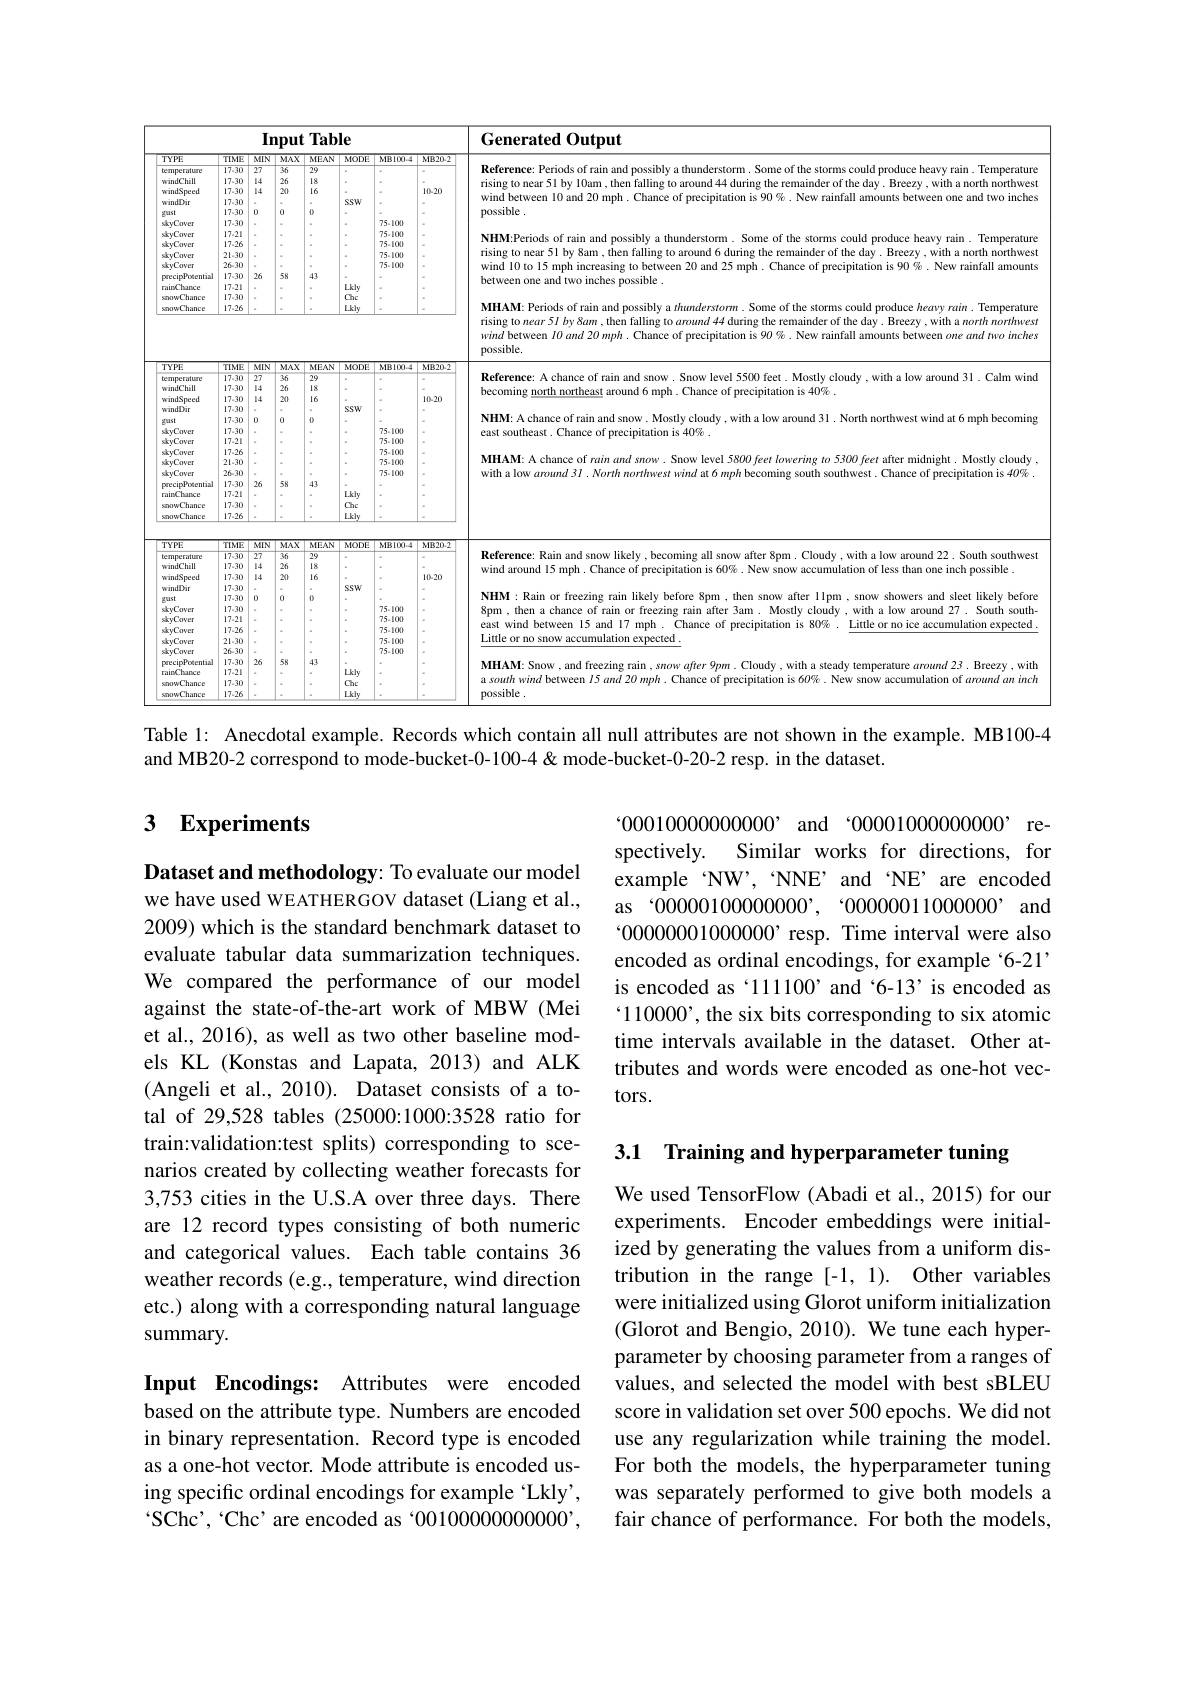
<table>
	<tbody>
		<tr>
			<th rowspan="2">TYDF</th>
			<th> </th>
			<th>$In_{\mathrm{l}}$</th>
			<th colspan="3">$\mathbf{Input}$ $\mathbf{t}^{\prime}\mathbf{Table}$</th>
			<th> </th>
			<th rowspan="2">Generated Output</th>
		</tr>
		<tr>
			<td>$TYPE$ windChill temperature windSpeed windDir gust skyCover skyCover skyCover skyCover skyCover precipPotential rainChance sanowChance sanowChance $TYPE$ temperature windChill</td>
			<td>$TIME$ $\overline{17\cdot30}$ 17.30 17.30 17.30 17.30 17.30 17.26 17.21 21.30 26-30 17.30 17.21 17.30 17.26 $TIME$ 17.30 17.30</td>
			<td>$\mathbf{In}$ $MIN$ $\overline{27}$ 14 14 0 $a$ $=\frac{1}{2}$ $=\frac{1}{2}$ $=\frac{1}{2}$ = $a$ 26 = $a$ $a$ $MIN$ 27 14</td>
			<td>jut $\mathbf{T}$ $1\Lambda X$ $\overline{M}$ $\overline{6}$ $\overline{29}$ 6 18 0 16 $a$ 0 $a$ $a$ $a$ $a$ $a$ 8 43 $a$ $a$ 1 $1AX$ $M$ 6 29 6 18</td>
			<td>ble $.N$ $MOD$ $a$ $a$ SSW $a$ - 0 - Lkly $a$ Chc Lkly $.N$ $MOD$</td>
			<td>$\frac{7}{10}$ MBIOO. $k$ $a$ 75-100 $k$ 75-100 75-100 75-100 75-100 A $a$ $\frac{7}{10}$ $MB100.$ 1</td>
			<td>MB20.2 10-20 MB2D.2</td>
			<td>Generated Output Reference: Periods of rain and possibly a thunderstorm. Some of the storms could produce heavy rain . Temperature rising to near 51 by l0am , then falling to around 44 during the remainder of the day . Breezy , with a north northwest wind between 10 and 20 mph. Chance of precipitation is 90 %. New rainfall amounts between one and two inches possible . NHM:Periods of rain and possibly a thunderstorm. Some of the storms could produce heavy rain . Temperature rising to near 51 by 8am , then falling to around 6 during the remainder of the day . Breezy , with a north northwest wind 10 to 15 mph increasing to between 20 and 25 mph . Chance of precipitation is 90%. New rainfall amounts between one and two inches possible . MHAM: Periods of rain and possibly a $thunderstorm.$ Some of the storms could produce $heavyrain.$ Temperature rising to $near5Iby$ 8am , then falling to $around44$ during the remainder of the day . Breezy , with a $north\textit{ northwest}$ wind between $I0$ and 20 mph . Chance of precipitation is 90 %. New rainfall amounts between one and nvo inches possible. Reference: A chance of rain and snow. Snow level 5500 feet. Mostly cloudy , with a low around 31 . Calm wind becoming north northeast around 6 mph. Chance of precipitation is $40\%.$</td>
		</tr>
		<tr>
			<th rowspan="5">$TIME$ $\overline{17.30}$ 17.30 17.30 17.30 17.30 17.30 17.21 17.26 21.30 26-30 17.30 17.21 17.30 17.26</th>
			<th rowspan="5">$MIN$ $\overline{27}$ 14 14 $a$ 0 0 0 - $a$ $a$ 26 = $a$</th>
			<th rowspan="5">$MAX$ $ME$ 36 29 26 18 20 16 = $a$ 0 0 - $\frac{1}{2}$ - $\frac{1}{2}$ = $\frac{1}{2}$ = $\frac{1}{2}$ = $a$ 58 43 = $a$ = - = -</th>
			<th>$.\overline{N}$ $\overline{MOD}$</th>
			<th>MBIOO</th>
			<th>MB20.2</th>
		</tr>
		<tr>
			<td>temperature</td>
			<td> </td>
			<td> </td>
			<td> </td>
			<td>Epferpm e: Pernods ot rain a</td>
		</tr>
		<tr>
			<td>$\dot{\text{windChill}}$</td>
			<td> </td>
			<td> </td>
			<td> </td>
			<td> </td>
		</tr>
		<tr>
			<td>windSpegd</td>
			<td> </td>
			<td> </td>
			<td>10.20</td>
			<td> </td>
		</tr>
		<tr>
			<td>windDir xust skyCover skyCover skyCover skyCover skyCover srecipPotentia</td>
			<td>SSW</td>
			<td>75.100 75-100 75-100 75.100 75.100</td>
			<td> </td>
			<td>possible . rising to near 51 by 8am , then falling to around 6 during the remainder of the day . Breezy , with a north northwest NHM:Periods of rain and possibly a thunderstorm. Some of the storms could produce heavy rain Temperature wind 10 to 15 mph increasing to between 20 and 25 mph. Chance precipitation is $90\%.$ New rainfall amounts</td>
		</tr>
		<tr>
			<td>rainChance sanwChance sanowChance</td>
			<td>17-21 17.30 17.26</td>
			<td> </td>
			<td> </td>
			<td>Lkly Chc Lkly</td>
			<td> </td>
			<td> </td>
			<td>MHAM: Periods of rain and possibly a $thunderstorm.$ Some of the storms could produce $heavyrain.$ Temperature rising to $near5l$ by 8am , then falling to $around44$ during the remainder of the day . Breezy , with a north northwest wind between $I0\textit{and 20 mph. Chance of precipitation is 90 \% . New rainfall amounts between one and two inchestin presting pres pres pres pres pres pres pres pres pres pres pres pres pres pres pres pres pres pres pres prest pres pres pres pres pres pr}$ possible.</td>
		</tr>
		<tr>
			<td> </td>
			<td> </td>
			<td> </td>
			<td> </td>
			<td> </td>
			<td> </td>
			<td> </td>
			<td>USSIDIC</td>
		</tr>
		<tr>
			<td>temperature hill</td>
			<td>TIME 17.30 17-30</td>
			<td>MIN 27 1A</td>
			<td>$1AX$ M 6 29 6 T</td>
			<td>MOD N</td>
			<td>MBIOO</td>
			<td>MB20.2</td>
			<td>Reference: A cham around 31 . Calm wind</td>
		</tr>
		<tr>
			<td>IIFE temperature $\dot{\text{windChill}}$ windSpeed</td>
			<td>LINIP 17.30 17.30 17.30</td>
			<td>LMIT 27 14 14</td>
			<td>IVA IMI 6 29 6 18 0 16</td>
			<td>M IMU</td>
			<td>PIBIO</td>
			<td>PIBLDE 10.20</td>
			<td>Reference: A chance of rain and snow. Snow level 5500 feet. Mostly cloudy, with a low around 31. Calm wind becoming north northeast around 6 mph . Chance of precipitation is 40% .</td>
		</tr>
		<tr>
			<td>MAYLWEI skyCover skyCover skyCover precipPotential rainChance sanwChance sanwChance</td>
			<td>17-26 17.26 21.30 26-30 17.30 17.21 17.30 17.26</td>
			<td>26</td>
			<td>8 43</td>
			<td>Lkly Chc Lkly</td>
			<td>1.1-10. 75.100 75.100 75.100</td>
			<td> </td>
			<td>MHAM: A chance of rain and smow. Snow level 5800 feet Iowering to 5300 feet after midnight. Mostly cloudy with a low around 31 . North northwest wind at $6\textit{mph becoming south southwest. Chance of precipitation is 40\% }.$</td>
		</tr>
		<tr>
			<td> </td>
			<td> </td>
			<td> </td>
			<td> </td>
			<td> </td>
			<td> </td>
			<td> </td>
			<td> </td>
		</tr>
		<tr>
			<td>$TYPE$ temperature</td>
			<td>$TIME$ 17.30</td>
			<td>$MIN$ 27</td>
			<td>$1AX$ M 6 29</td>
			<td>$.\overline{N}$ $\overline{MOD}$</td>
			<td>MBIDO 1</td>
			<td>MB20.2</td>
			<td>Reference: Rain ar outh southwest</td>
		</tr>
		<tr>
			<td>temperature $\dot{\text{windChill}}$ windSpeed $\dot{\text{windDir}}$ xust skyCover</td>
			<td>17-30 17.30 17.30 17.30 17.30 17.30</td>
			<td>27 14 14 0</td>
			<td>6 29 6 18 16 0 0</td>
			<td>SSW</td>
			<td>75.100</td>
			<td>10.20</td>
			<td>wind around 15 mph . Chance of precipitation is $60\%$ .New snow accumulation of less than one inch possible . $\mathbf{NHM:Rain~or~freezing~rain~likely~before~8pm~,~then~snow~after~l~lpm~,~snow~showers~and~sleet~likely~before~the~the~the~the~th~}$ Snm</td>
		</tr>
		<tr>
			<td>skyCover skyCover skyCover precipPotential rainChance sanwChance sanwChance</td>
			<td>17.26 21.30 26-30 17.30 17.21 17.30 17.26</td>
			<td>26</td>
			<td>43 8</td>
			<td>Lkly Chc Lkly</td>
			<td>75.100 75.100 75-100</td>
			<td> </td>
			<td>Little or no snow accumulation expected MHAM: Snow , and freezing rain $,snowaft$ a south wind between $I5$ and 20 mph. Chance of precipitation is 60%. New snow accumulation of arvund an inch $r$ $9pm$ . Cloudy , with a steady temperature around 23 . Breezy , with possible</td>
		</tr>
	</tbody>
</table>

Table 1: Anecdotal example. Records which contain all null attributes are not shown in the example. MB100-4

and MB20-2 correspond to mode-bucket-0-100-4 &mode-bucket-0-20-2 resp. in the dataset.

### $\textbf{3}$ $\textbf{Experiments}$

$`000100000000000$'and‘0000100000000, re-
Similar works for directions, for
spectively.
example 'NW', 'NNE' and 'NE' are encoded as '00000100000000,“00000011000000’ and $`000000001000000$, resp. Time interval were also encoded as ordinal encodings, for example‘6-21’ is encoded as‘111100’ and‘6-13’is encoded as `110000', the six bits corresponding to six atomic time intervals available in the dataset. Other attributes and words were encoded as one-hot vec- $tors.$

Dataset and methodology: To evaluate our model we have used WEATHERGOV dataset (Liang et al., 2009) which is the standard benchmark dataset to evaluate tabular data summarization techniques. We compared the performance of our model against the state-of-the-art work of MBW (Mei et al., 2016), as well as two other baseline models KL (Konstas and Lapata, 2013) and ALK (Angeli et al., 2010). Dataset consists of a total of 29,528 tables (25000:1000:3528 ratio for train:validation:test splits) corresponding to scenarios created by collecting weather forecasts for 3,753 cities in the U.S.A over three days. There are 12 record types consisting of both numeric and categorical values. Each table contains 36 weather records (e.g., temperature, wind direction etc.) along with a corresponding natural language summary.

3.1 Training and hyperparameter tuning

We used TensorFlow (Abadi et al., 2015) for our experiments. Encoder embeddings were initialized by generating the values from a uniform distribution in the range [-1,1). Other variables were initialized using Glorot uniform initialization (Glorot and Bengio, 2010). We tune each hyperparameter by choosing parameter from a ranges of values, and selected the model with best sBLEU score in validation set over 500 epochs. We did not use any regularization while training the model. For both the models, the hyperparameter tuning was separately performed to give both models a fair chance of performance. For both the models,

Input Encodings: Attributes were encoded based on the attribute type. Numbers are encoded in binary representation. Record type is encoded as a one-hot vector. Mode attribute is encoded using specific ordinal encodings for example ‘Lkly’, SChc', 'Chc' are encoded as‘0010000000000,